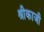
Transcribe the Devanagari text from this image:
श्रीकाजी